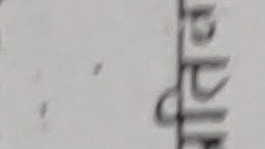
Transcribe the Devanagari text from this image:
पाठ